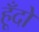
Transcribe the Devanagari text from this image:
हूँदो